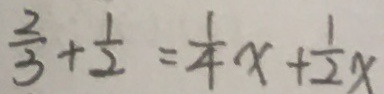
\frac { 2 } { 3 } + \frac { 1 } { 2 } = \frac { 1 } { 4 } x + \frac { 1 } { 2 } x